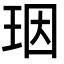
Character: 珚